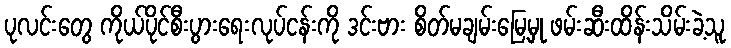
ပုလင်းတွေ ကိုယ်ပိုင်စီးပွားရေးလုပ်ငန်းကို ဒင်းဗား စိတ်မချမ်းမြေ့မှု ဖမ်းဆီးထိန်းသိမ်းခဲ့သူ